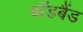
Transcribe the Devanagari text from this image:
बॉडबैंड